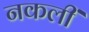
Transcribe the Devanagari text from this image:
नकलीं